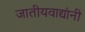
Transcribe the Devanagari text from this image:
जातीयवाद्यांनी